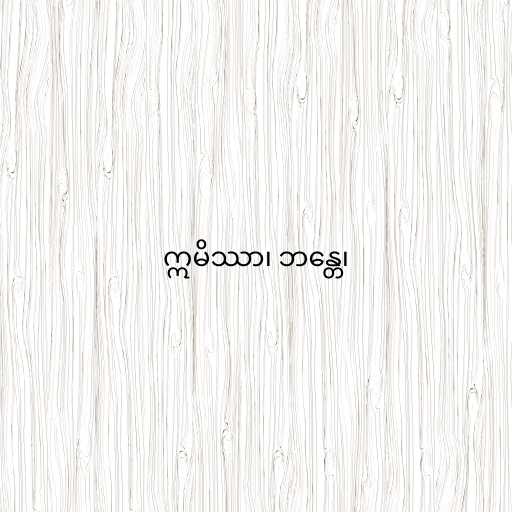
ဣမိဿာ၊ ဘန္တေ၊